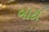
બાટા